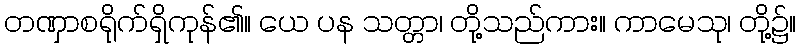
တဏှာစရိုက်ရှိကုန်၏။ ယေ ပန သတ္တာ၊ တို့သည်ကား။ ကာမေသု၊ တို့၌။